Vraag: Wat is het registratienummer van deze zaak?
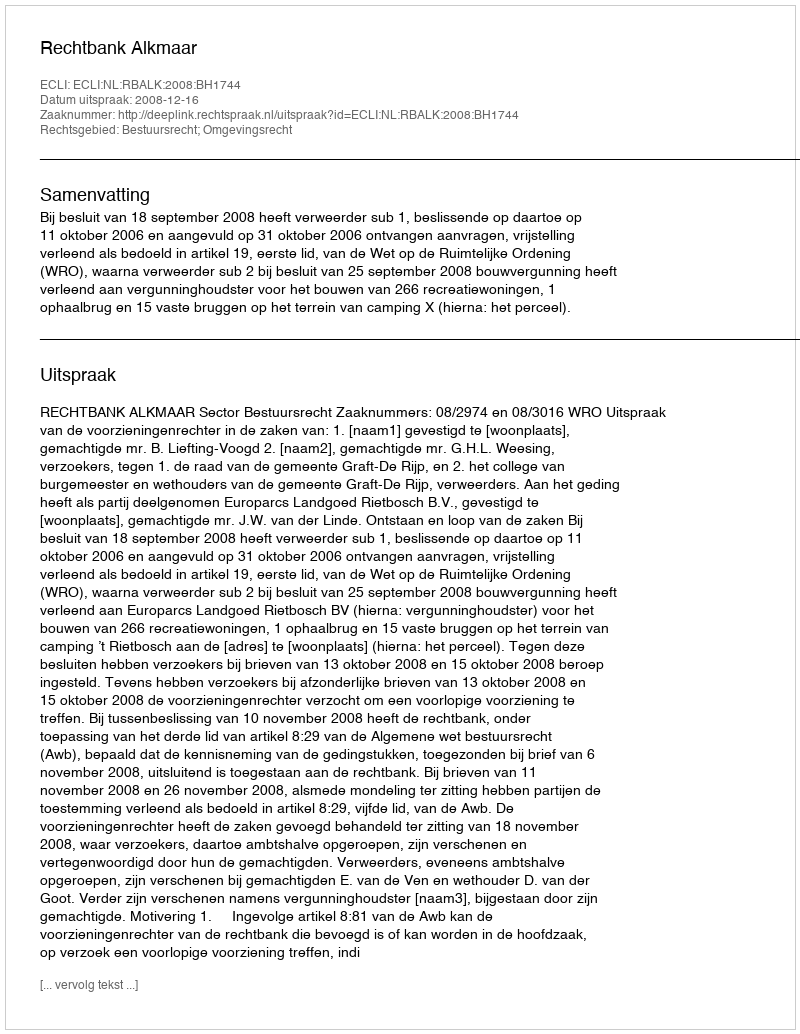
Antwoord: http://deeplink.rechtspraak.nl/uitspraak?id=ECLI:NL:RBALK:2008:BH1744